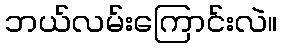
ဘယ်လမ်းကြောင်းလဲ။